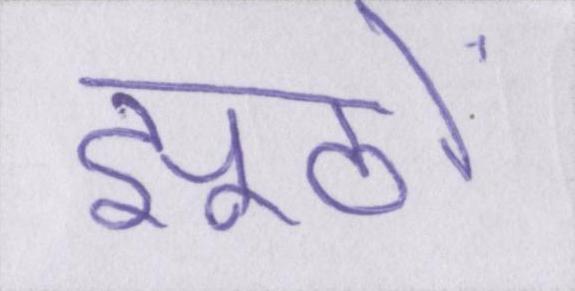
झूठों